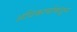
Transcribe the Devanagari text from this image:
अधिकार्याकडून